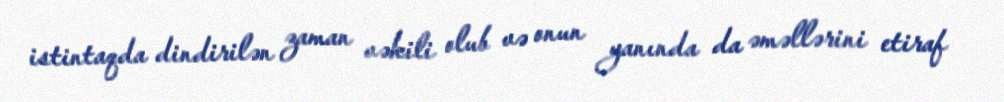
istintaqda dindirilən zaman vəkili olub və onun yanında da əməllərini etiraf